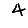
Digit: 4